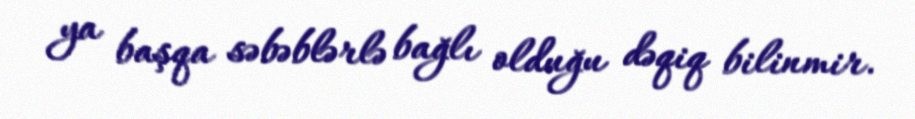
ya başqa səbəblərlə bağlı olduğu dəqiq bilinmir.